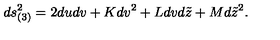
d s _ { ( 3 ) } ^ { 2 } = 2 d u d v + K d v ^ { 2 } + L d v d \tilde { z } + M d \tilde { z } ^ { 2 } .